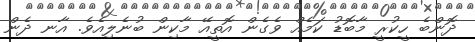
ދޮންބެ ހީކުރީ މާބޮޑު ކަމެއް ވެގެން އޮތީއޭ މާކިން ބުނެލިއެވެ. އާނ ދެން